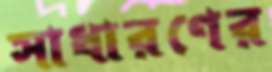
সাধারণের